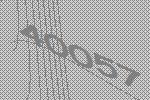
40057